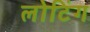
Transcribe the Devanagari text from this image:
लोटिंग